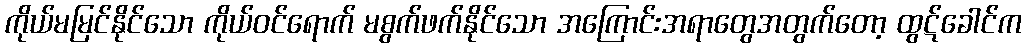
ကိုယ်မမြင်နိုင်သော ကိုယ်ဝင်ရောက် မစွက်ဖက်နိုင်သော အကြောင်းအရာတွေအတွက်တော့ ထွဋ်ခေါင်က